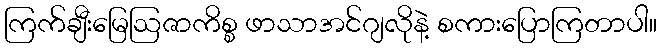
ကြက်ချီးမြေဩဇာကိစ္စ ဖာသာအင်ဂျလိုနဲ့ စကားပြောကြတာပါ။